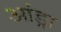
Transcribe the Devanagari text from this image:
आंड्रा